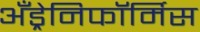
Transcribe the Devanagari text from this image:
अँड्रेनिफॉर्मिस